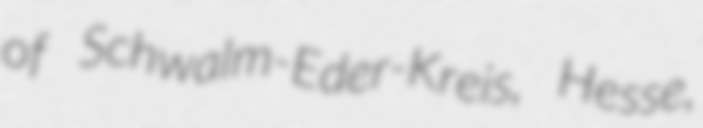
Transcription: of Schwalm-Eder-Kreis, Hesse,